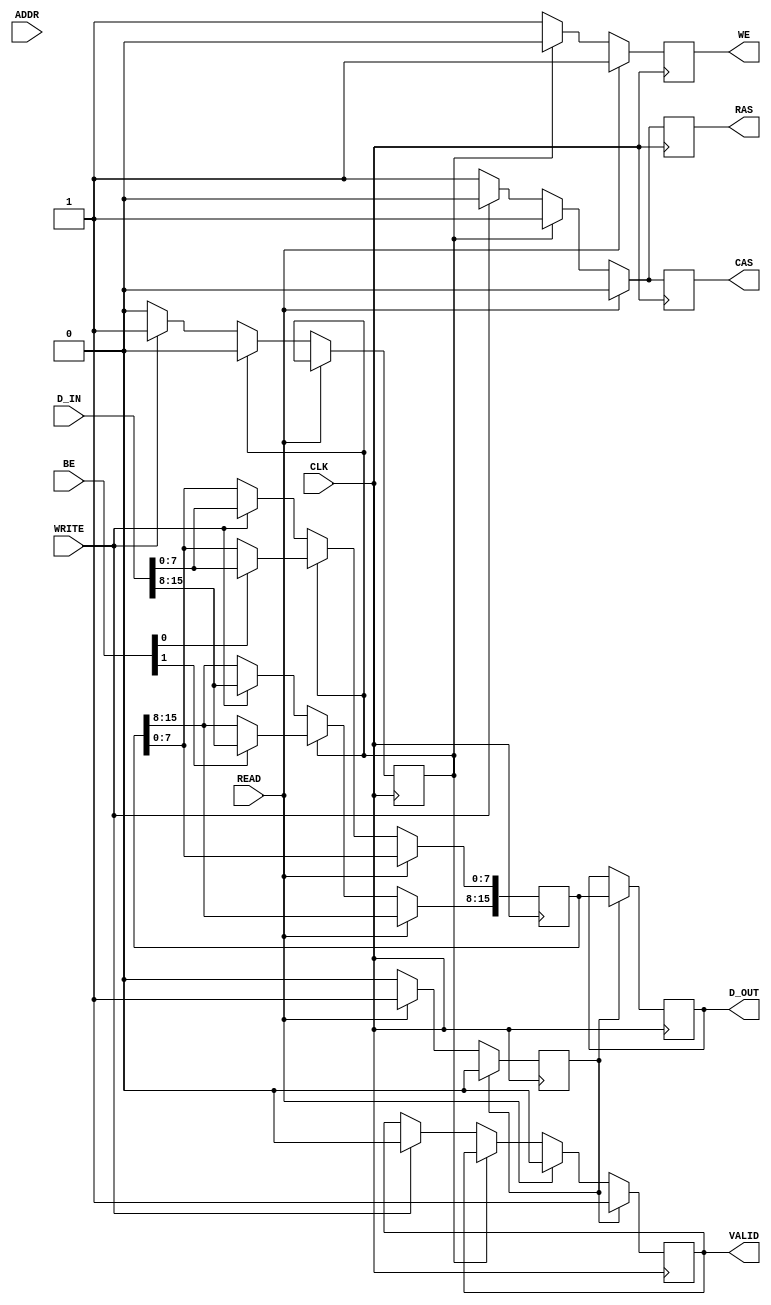
module sdram_io_block (
    input  wire        CLK,       // Clock
    input  wire        READ,      // Read Enable
    input  wire        WRITE,     // Write Enable
    input  wire [15:0] ADDR,      // Address input (16 bits)
    input  wire [15:0] D_IN,      // Data input for writing (16 bits)
    input  wire [1:0]  BE,        // Byte Enable for writing
    output reg  [15:0] D_OUT,     // Data output for reading (16 bits)
    output reg         VALID,      // Valid output signal
    output reg         RAS,        // Row Address Strobe for SDRAM
    output reg         CAS,        // Column Address Strobe for SDRAM
    output reg         WE          // Write Enable for SDRAM
);

// Internal signals
reg [15:0] data_buffer; // Buffer for data
reg read_in_prog;       // Read in progress flag
reg write_in_prog;      // Write in progress flag

always @(posedge CLK) begin
    // Default control signals
    RAS <= 1'b1; // Active low
    CAS <= 1'b1; // Active low
    WE  <= 1'b1; // Active low

    if (READ) begin
        // Initiate a read operation
        RAS <= 1'b0; // Activate RAS
        CAS <= 1'b0; // Activate CAS
        VALID <= 1'b0; // Data not valid yet
        read_in_prog <= 1'b1; // Mark read in progress
    end else if (write_in_prog) begin
        // Write operation in progress
        WE <= 1'b0; // Activate WE
        // Assuming some buffering mechanism to hold data
        // for writing based on ENABLE signals
        if (BE[0]) data_buffer[7:0] <= D_IN[7:0]; // Write lower byte if enabled
        if (BE[1]) data_buffer[15:8] <= D_IN[15:8]; // Write upper byte if enabled
        write_in_prog <= 1'b0; // Clear write in progress
    end else if (WRITE) begin
        // Prepare for data write
        RAS <= 1'b0; // Activate RAS
        CAS <= 1'b0; // Activate CAS
        VALID <= 1'b0; // Data not valid yet
        data_buffer <= D_IN; // Capture input data
        write_in_prog <= 1'b1; // Mark write in progress
    end
    
    // Assuming some time delay for read operation
    if (read_in_prog) begin
        // Sample the data after a read
        D_OUT <= data_buffer; // Mock read data for testing
        VALID <= 1'b1; // Data is now valid
        read_in_prog <= 1'b0; // Clear read in progress
    end
end

endmodule